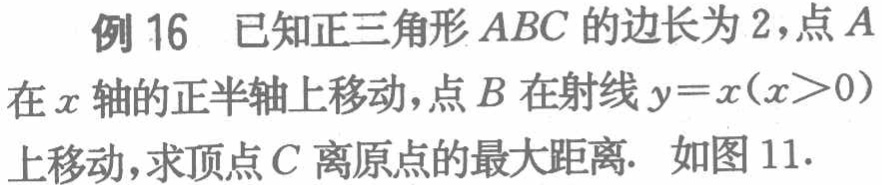
例 16 已知正三角形 \(ABC\) 的边长为 \(2\)，点 \(A\) 在 \(x\) 轴的正半轴上移动，点 \(B\) 在射线 \(y = x(x>0)\) 上移动，求顶点 \(C\) 离原点的最大距离. 如图 11.